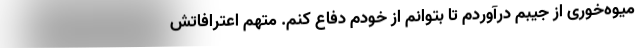
میوه‌خوری از جیبم درآوردم تا بتوانم از خودم دفاع کنم. متهم اعترافاتش